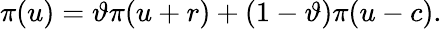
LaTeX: \pi(u)=\vartheta\pi(u+r)+(1-\vartheta)\pi(u-c).